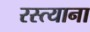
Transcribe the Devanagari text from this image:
रस्त्याना